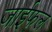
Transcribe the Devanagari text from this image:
जाईफल